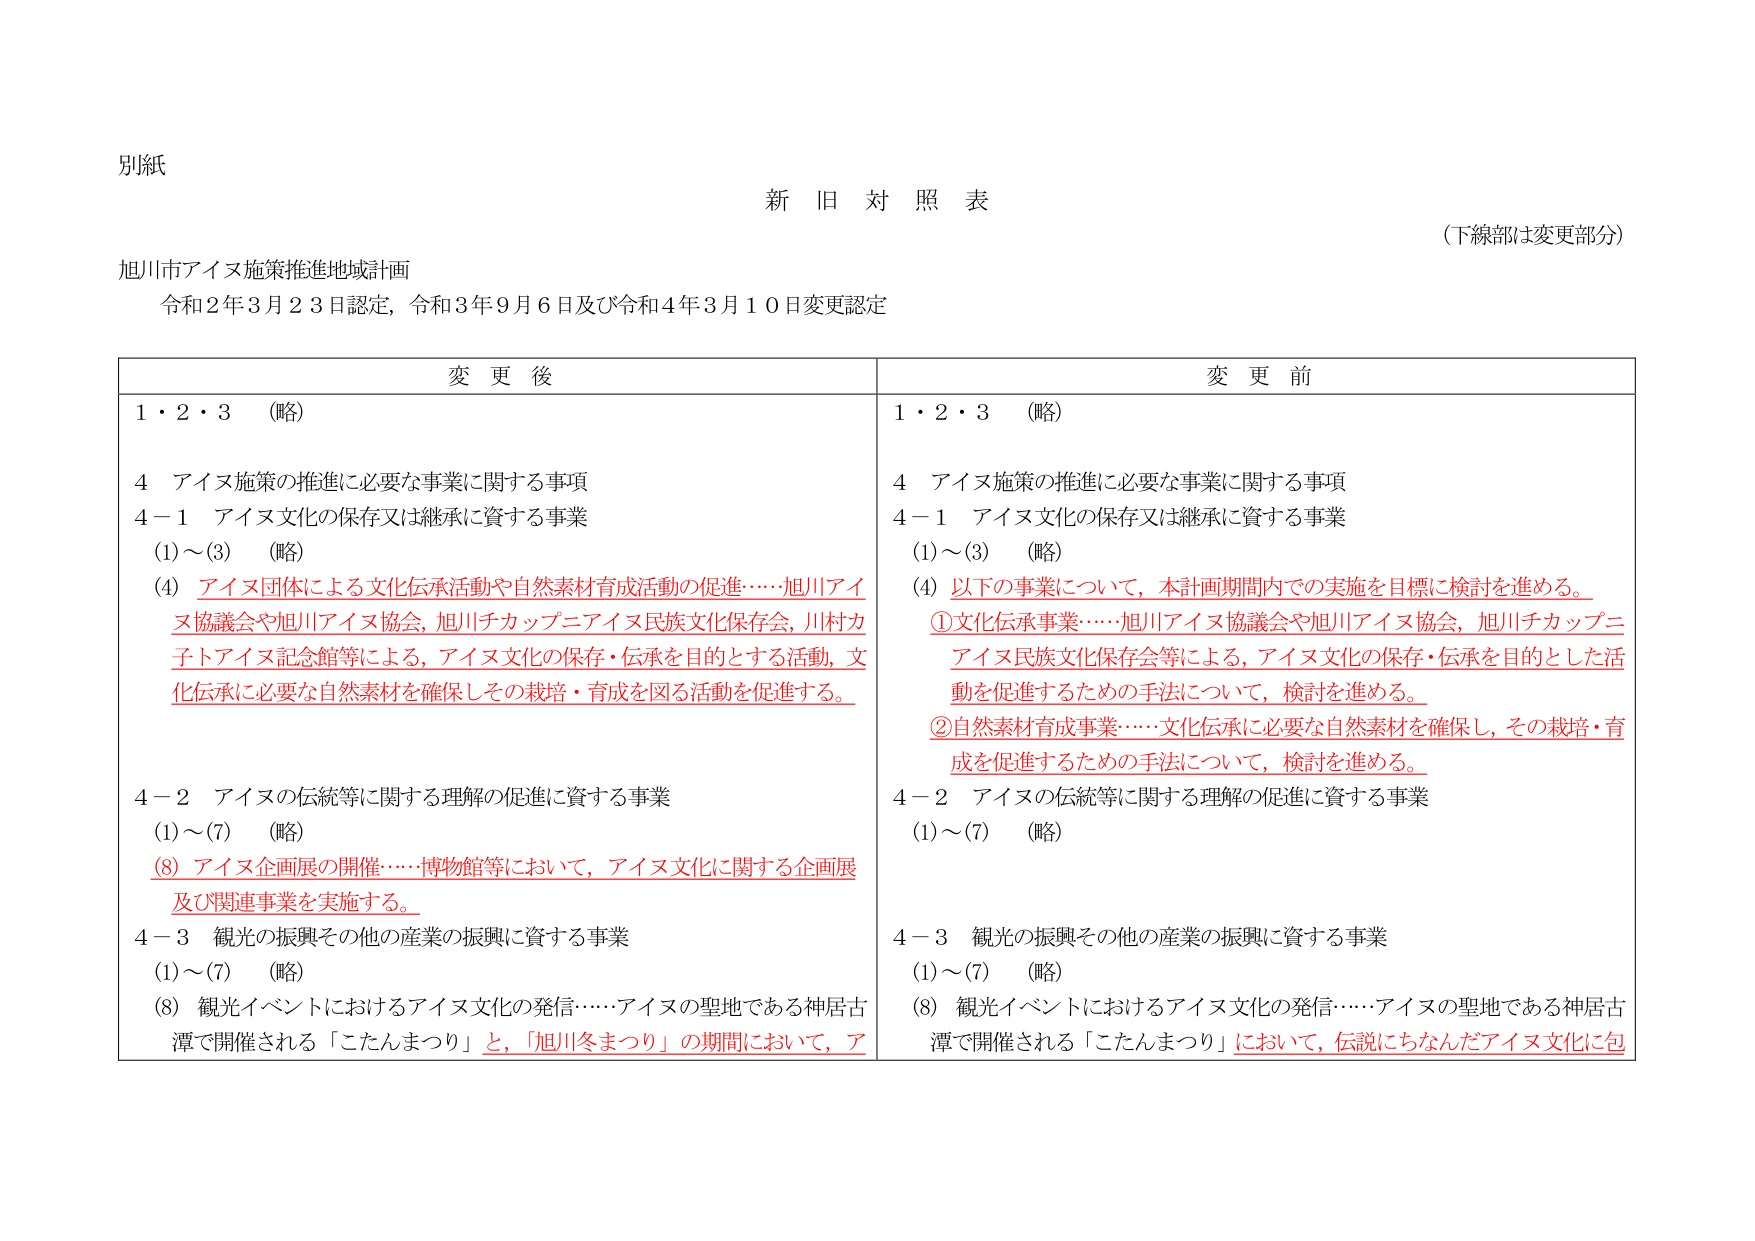
別紙

新旧対照表

（下線部は変更部分）

旭川市アイヌ施策推進地域計画
令和2年3月23日認定，令和3年9月6日及び令和4年3月10日変更認定

変更後　　　　　　　　　　　　　　　　　　　　　　　　　　　　　　　　　　　　　変更前

1・2・3　（略）　　　　　　　　　　　　　　　　　　　　　　　　　　　　　　　　1・2・3　（略）

4　アイヌ施策の推進に必要な事業に関する事項　　　　　　　　　　　　　　　　4　アイヌ施策の推進に必要な事業に関する事項
4－1　アイヌ文化の保存又は継承に資する事業　　　　　　　　　　　　　　　　4－1　アイヌ文化の保存又は継承に資する事業
（1）～（3）　（略）　　　　　　　　　　　　　　　　　　　　　　　　　　　　　　（1）～（3）　（略）
（4）アイヌ団体による文化伝承活動や自然素材育成活動の促進……旭川アイヌ協議会や旭川アイヌ協会，旭川チカッピ＝アイヌ民族文化保存会，川村カ子トアイヌ記念館等による，アイヌ文化の保存・伝承を目的とする活動，文化伝承に必要な自然素材を確保しその栽培・育成を図る活動を促進する。
（4）以下の事業について，本計画期間内での実施を目標に検討を進める。
　①文化伝承事業……旭川アイヌ協議会や旭川アイヌ協会，旭川チカッピ＝アイヌ民族文化保存会等による，アイヌ文化の保存・伝承を目的とした活動を促進するための手法について，検討を進める。
　②自然素材育成事業……文化伝承に必要な自然素材を確保し，その栽培・育成を促進するための手法について，検討を進める。

4－2　アイヌの伝統等に関する理解の促進に資する事業　　　　　　　　　　　　4－2　アイヌの伝統等に関する理解の促進に資する事業
（1）～（7）　（略）　　　　　　　　　　　　　　　　　　　　　　　　　　　　　　（1）～（7）　（略）
（8）アイヌ企画展の開催……博物館等において，アイヌ文化に関する企画展及び関連事業を実施する。

4－3　観光の振興その他の産業の振興に資する事業　　　　　　　　　　　　　　4－3　観光の振興その他の産業の振興に資する事業
（1）～（7）　（略）　　　　　　　　　　　　　　　　　　　　　　　　　　　　　　（1）～（7）　（略）
（8）観光イベントにおけるアイヌ文化の発信……アイヌの聖地である神居古潭で開催される「こたんまつり」と，「旭川冬まつり」の期間において，ア
（8）観光イベントにおけるアイヌ文化の発信……アイヌの聖地である神居古潭で開催される「こたんまつり」において，伝説にちなんだアイヌ文化に包